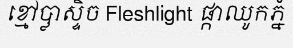
ខ្មៅប្លាស្ទិច Fleshlight ផ្កាឈូកភ្នំ